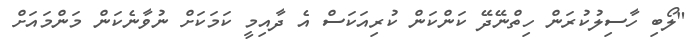
"ލޯބި ހާސިލުކުރަން ހިތްނޭދޭ ކަންކަން ކުރިއަކަސް އެ ދާއިމީ ކަމަކަށް ނުވާނެކަން މަންމައަށް